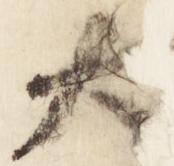
大